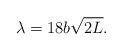
LaTeX: \begin{align*}\lambda=18b\sqrt{2L}.\end{align*}